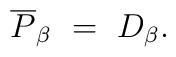
\overline{P}_{\beta} ~=~ D_{\beta}.